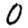
Digit: 0